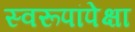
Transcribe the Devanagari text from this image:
स्वरूपांपेक्षा